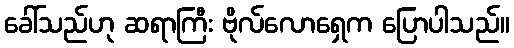
ခေါ်သည်ဟု ဆရာကြီး ဗိုလ်လောရှေက ပြောပါသည်။